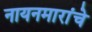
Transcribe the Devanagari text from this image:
नायनमारांचे